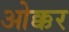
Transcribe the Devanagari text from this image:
ओक्कर